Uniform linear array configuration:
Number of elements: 48
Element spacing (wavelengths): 1
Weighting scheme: kaiser
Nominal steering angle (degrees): -45
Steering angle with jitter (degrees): -45.903
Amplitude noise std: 0.05
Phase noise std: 0.05

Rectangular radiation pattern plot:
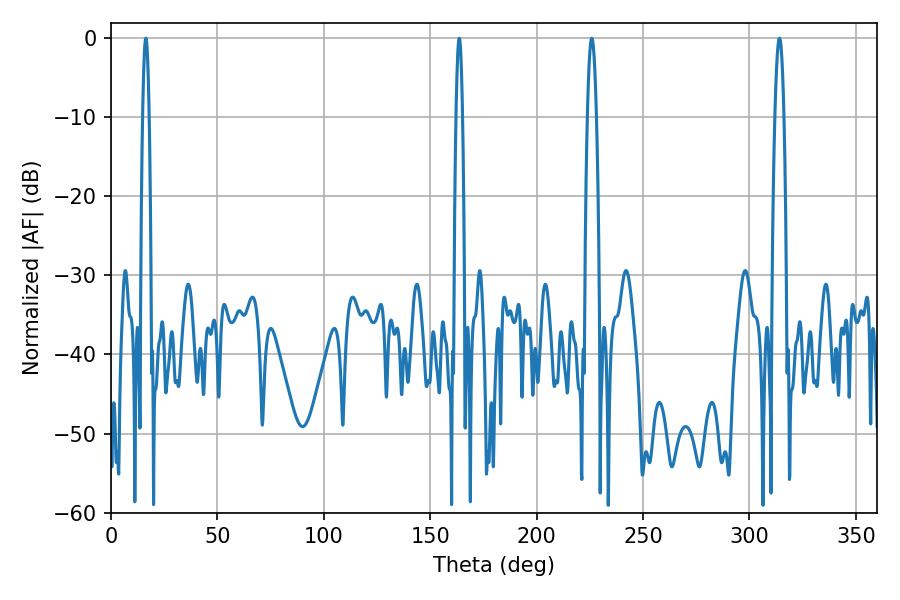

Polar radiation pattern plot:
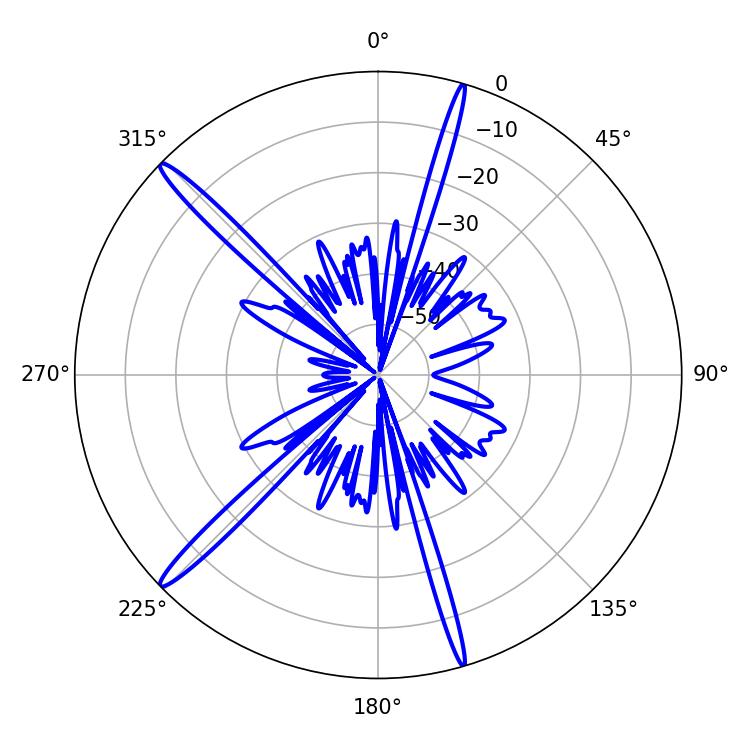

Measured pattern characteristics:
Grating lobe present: TRUE
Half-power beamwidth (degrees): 2.16
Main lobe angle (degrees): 225.9